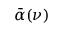
\bar { \alpha } ( \nu )